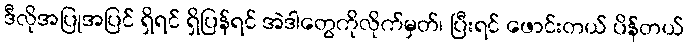
ဒီလိုအပြုအပြင် ရှိရင် ရှိပြန်ရင် အဲဒါတွေကိုလိုက်မှတ်၊ ပြီးရင် ဖောင်းတယ် ပိန်တယ်